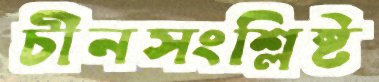
চীনসংশ্লিষ্ট